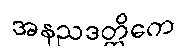
အနညဒတ္ထိကေ